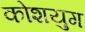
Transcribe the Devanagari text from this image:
कोशयुग